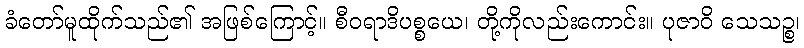
ခံတော်မူထိုက်သည်၏ အဖြစ်ကြောင့်။ စီဝရာဒိပစ္စယေ၊ တို့ကိုလည်းကောင်း။ ပုဇာဝိ သေသဉ္စ၊